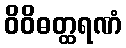
ဝိဝိဓတ္ထရဏံ